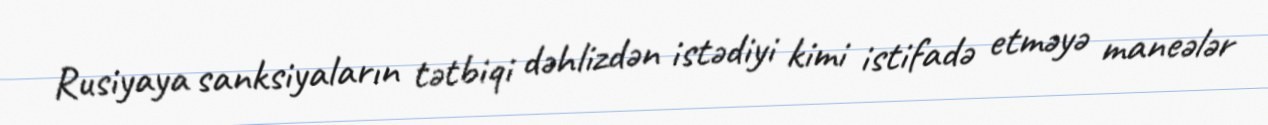
Rusiyaya sanksiyaların tətbiqi dəhlizdən istədiyi kimi istifadə etməyə maneələr